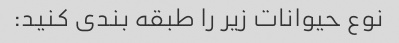
نوع حیوانات زیر را طبقه بندی کنید: